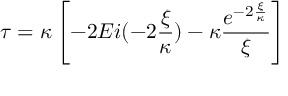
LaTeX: \tau = \kappa \left[ - 2 E i ( - 2 \frac { \xi } { \kappa } ) - \kappa \frac { e ^ { - 2 \frac { \xi } { \kappa } } } { \xi } \right]